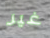
غير